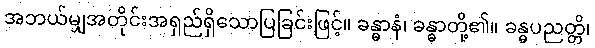
အဘယ်မျှအတိုင်းအရှည်ရှိသောပြခြင်းဖြင့်။ ခန္ဓာနံ၊ ခန္ဓာတို့၏။ ခန္ဓပညတ္တိ၊